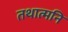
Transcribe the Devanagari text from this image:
तथात्मनि